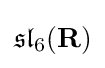
{\mathfrak {sl}}_{6}(\mathbf {R} )